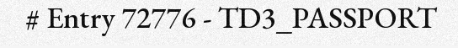
# Entry 72776 - TD3_PASSPORT